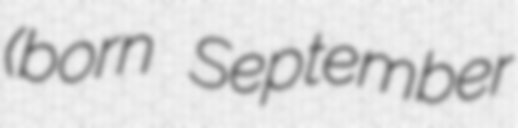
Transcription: (born September